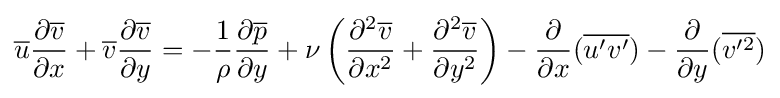
{\overline {u}}{\partial {\overline {v}} \over \partial x}+{\overline {v}}{\partial {\overline {v}} \over \partial y}=-{1 \over \rho }{\partial {\overline {p}} \over \partial y}+\nu \left({\partial ^{2}{\overline {v}} \over \partial x^{2}}+{\partial ^{2}{\overline {v}} \over \partial y^{2}}\right)-{\frac {\partial }{\partial x}}({\overline {u'v'}})-{\frac {\partial }{\partial y}}({\overline {v'^{2}}})